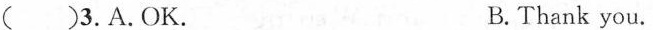
( )3.A.OK. B.Thank you.